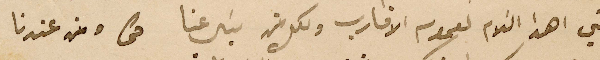
ومني اهدا السَلام لعموم الاقارب ولكل من يسَال عنا نحن ومن عندنا